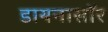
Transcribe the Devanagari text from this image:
डायनासॉर